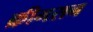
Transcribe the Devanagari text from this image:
क्रीमसन